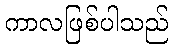
ကာလဖြစ်ပါသည်